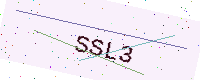
Text: SSL3